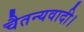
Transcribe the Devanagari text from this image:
चैतन्यवादी।